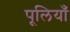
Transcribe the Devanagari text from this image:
पूलियाँ